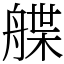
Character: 艓